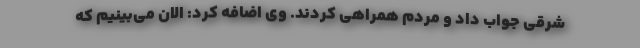
شرقی جواب داد و مردم همراهی کردند. وی اضافه کرد: الان می‌بینیم که